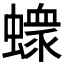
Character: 𧑄